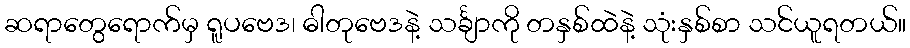
ဆရာတွေရောက်မှ ရူပဗေဒ၊ ဓါတုဗေဒနဲ့ သင်္ချာကို တနှစ်ထဲနဲ့ သုံးနှစ်စာ သင်ယူရတယ်။